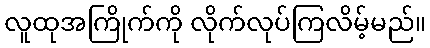
လူထုအကြိုက်ကို လိုက်လုပ်ကြလိမ့်မည်။